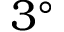
3 ^ { \circ }